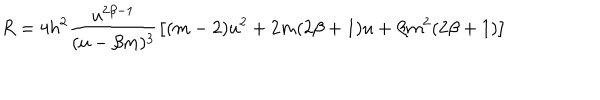
LaTeX: R = 4 h ^ { 2 } \frac { u ^ { 2 \beta - 1 } } { ( u - \beta m ) ^ { 3 } } \left[ ( m - 2 ) u ^ { 2 } + 2 m ( 2 \beta + 1 ) u + \beta m ^ { 2 } ( 2 \beta + 1 ) \right]